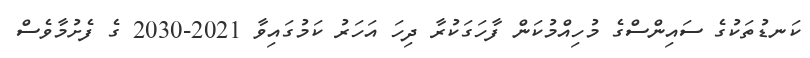
ކަނޑުތަކުގެ ސައިންސްގެ މުހިއްމުކަން ފާހަގަކުރާ ދިހަ އަހަރު ކަމުގައިވާ 2021-2030 ގެ ފެށުމާވެސް